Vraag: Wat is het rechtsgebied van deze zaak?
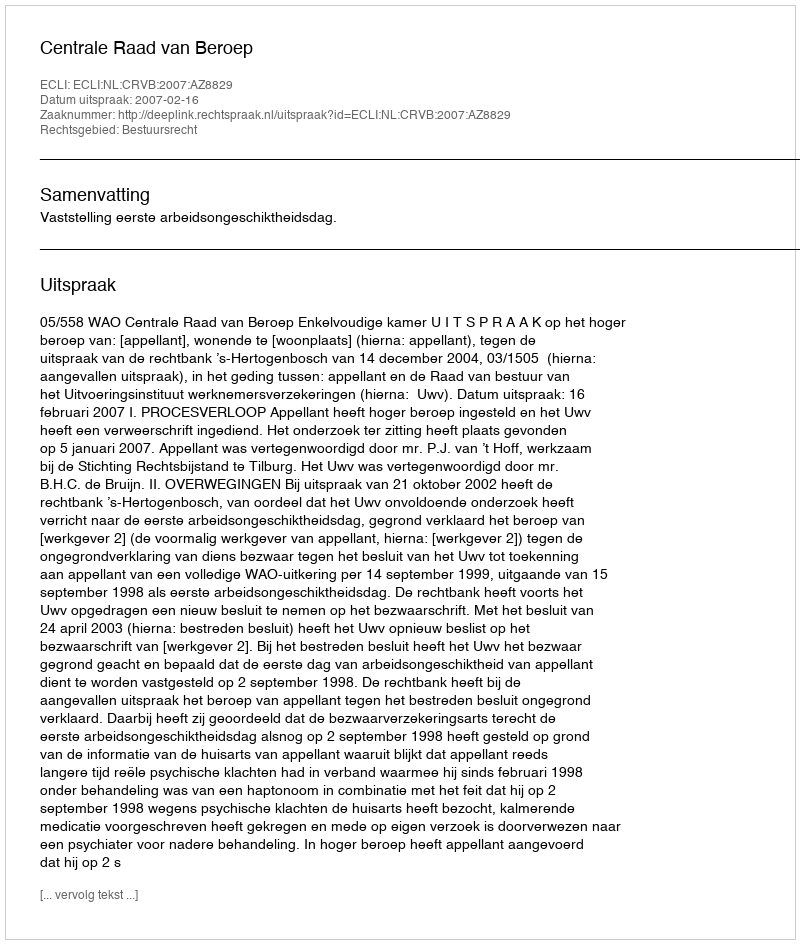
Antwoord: Bestuursrecht